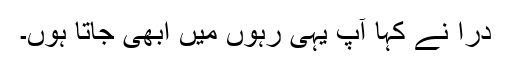
دراؔ نے کہا آپ یہی رہوں میں ابھی جاتا ہوں۔